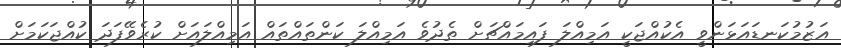
އަޒުމުކަނޑައަޅަންވީ އެކުއްޖަކީ އަމިއްލަ ފައިމައްޗަށް ތެދުވެ އަމިއްލަ ކަންތައްތައް އަމިއްލައަށް ކުރެވޭފަދަ ކުއްޖަކަމަށް